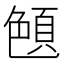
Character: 𦫤